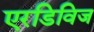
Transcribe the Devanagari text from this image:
एरडिविज